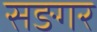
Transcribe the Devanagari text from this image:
सङगर